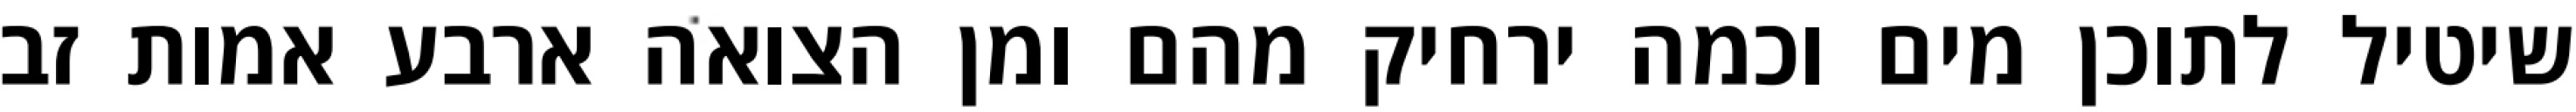
שיטיל לתוכן מים וכמה ירחיק מהם ומן הצואה ארבע אמות זב